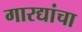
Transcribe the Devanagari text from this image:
गारद्यांचा